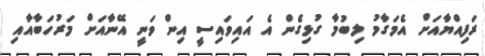
ރަފިއްޔާއަށް އެމަގާމު ލިބުމާ ގުޅިގެން އެ އައިވައިސީ އިން ވަނީ އޭނާއަށް މަރުހަބާއާއި